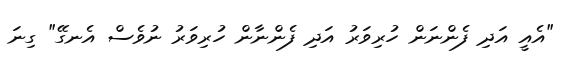
"އެއީ އަދި ފެންނަން ހުރިވަރު އަދި ފެންނާން ހުރިވަރު ނުވެސް އެނގޭ" ގިނަ